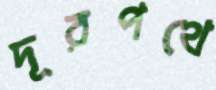
দূরপথে